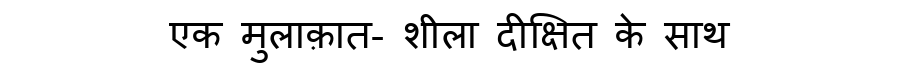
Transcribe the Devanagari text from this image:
एक मुलाक़ात- शीला दीक्षित के साथ